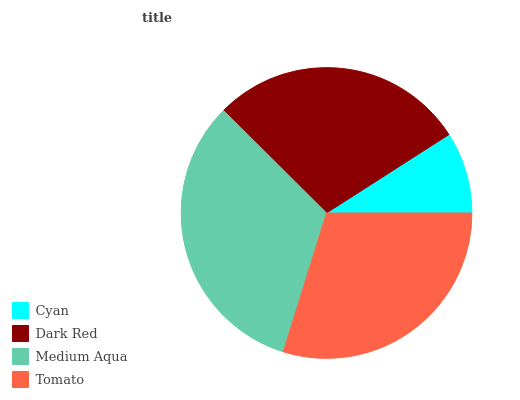
| Cyan | Dark Red | Medium Aqua | Tomato |
 | --- | --- | --- | --- |
 | 9.08% | 28.5% | 32.6% | 29.8% |